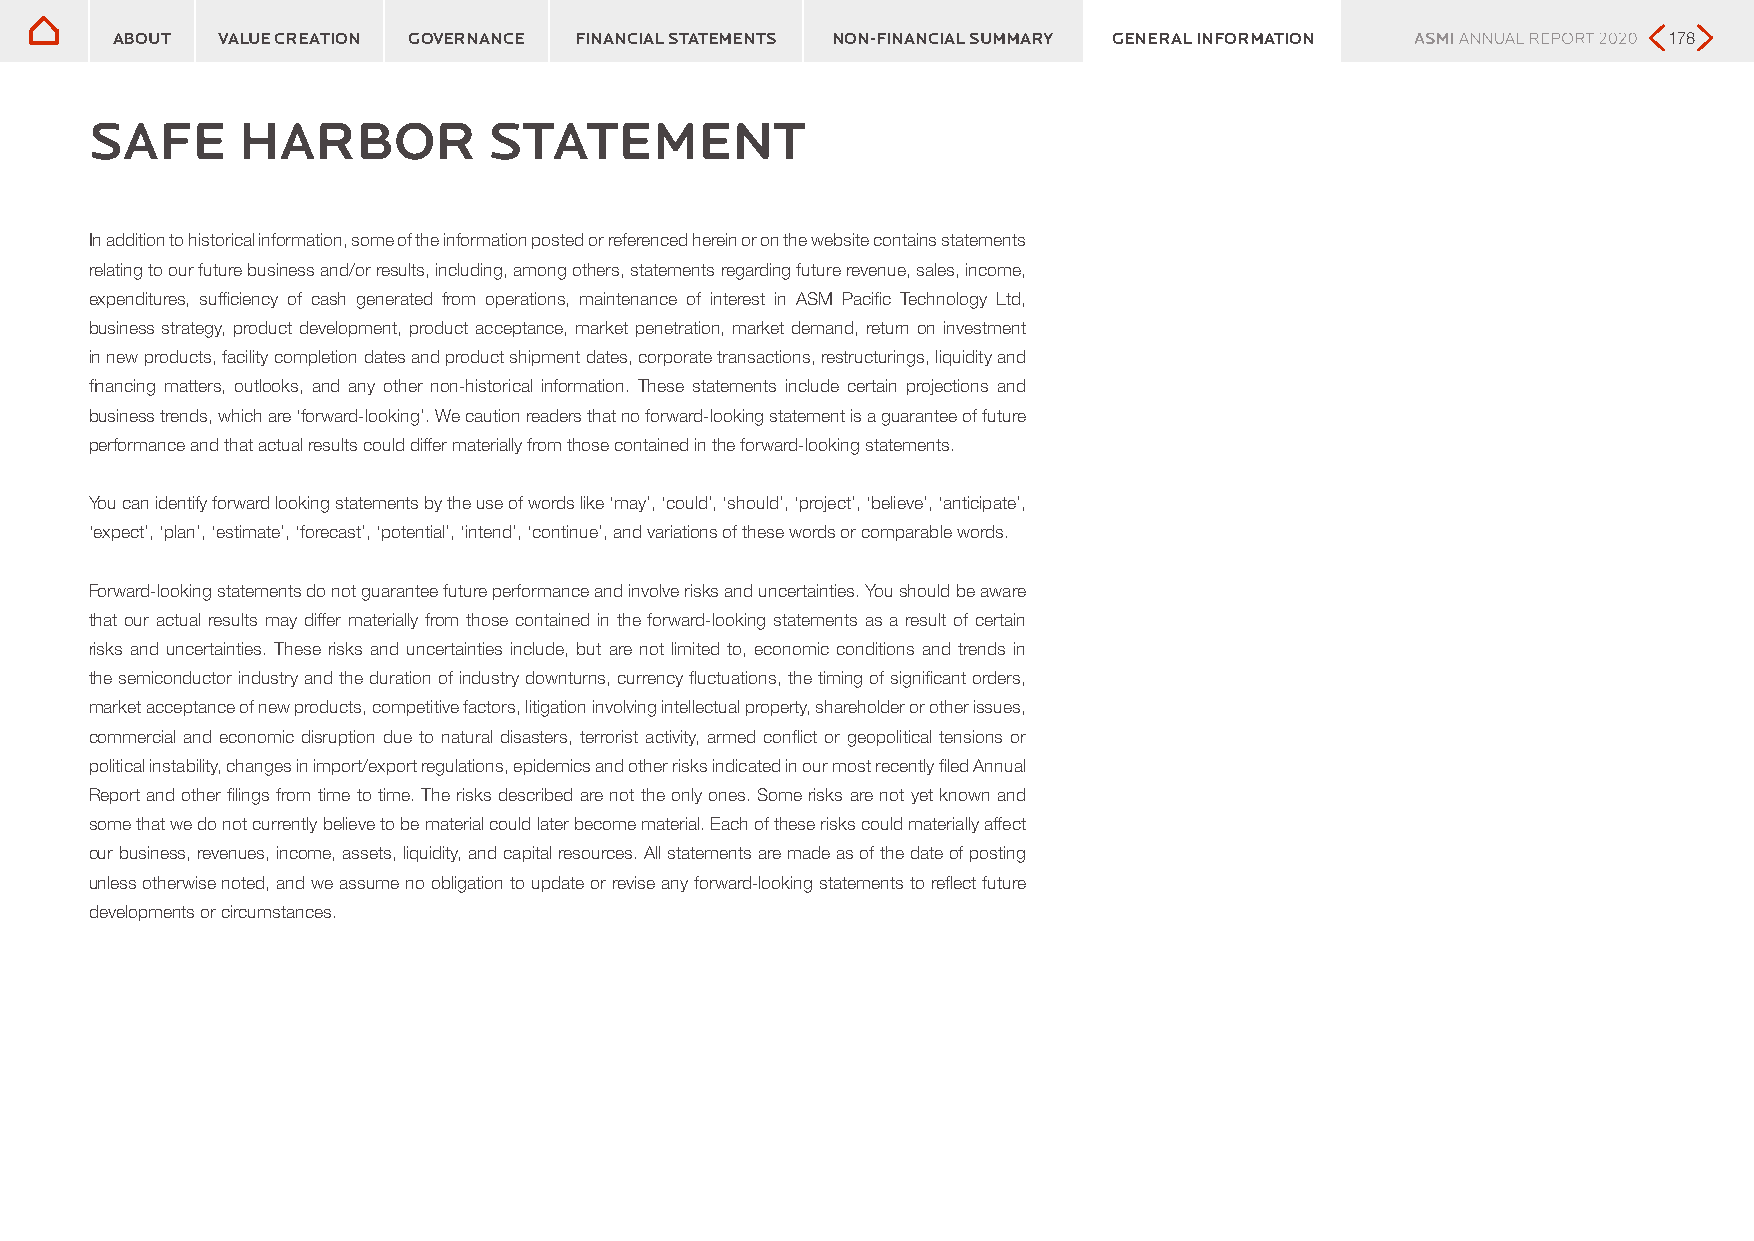
Safe harbor statement
 Safe harbor statement
 ABOUT  VALUE CREATION GOVERNANCE FINANCIAL STATEMENTS NON-FINANCIAL SUMMARY GENERAL INFORMATION        178
 SAFE      HARBOR          STATEMENT
 In addition to historical information, some of the information posted or referenced herein or on the website contains statements
 relating to our future business and/or results, including, among others, statements regarding future revenue, sales, income,
 expenditures, sufficiency of cash generated from operations, maintenance of interest in ASM Pacific Technology Ltd,
 business strategy, product development, product acceptance, market penetration, market demand, return on investment
 in new products, facility completion dates and product shipment dates, corporate transactions, restructurings, liquidity and
 financing matters, outlooks, and any other non-historical information. These statements include certain projections and
 business trends, which are ‘forward-looking’. We caution readers that no forward-looking statement is a guarantee of future
 performance and that actual results could differ materially from those contained in the forward-looking statements.
 You can identify forward looking statements by the use of words like ‘may’, ‘could’, ‘should’, ‘project’, ‘believe’, ‘anticipate’,
 ‘expect’, ‘plan’, ‘estimate’, ‘forecast’, ‘potential’, ‘intend’, ‘continue’, and variations of these words or comparable words.
 Forward-looking statements do not guarantee future performance and involve risks and uncertainties. You should be aware
 that our actual results may differ materially from those contained in the forward-looking statements as a result of certain
 risks and uncertainties. These risks and uncertainties include, but are not limited to, economic conditions and trends in
 the semiconductor industry and the duration of industry downturns, currency fluctuations, the timing of significant orders,
 market acceptance of new products, competitive factors, litigation involving intellectual property, shareholder or other issues,
 commercial and economic disruption due to natural disasters, terrorist activity, armed conflict or geopolitical tensions or
 political instability, changes in import/export regulations, epidemics and other risks indicated in our most recently filed Annual
 Report and other filings from time to time. The risks described are not the only ones. Some risks are not yet known and
 some that we do not currently believe to be material could later become material. Each of these risks could materially affect
 our business, revenues, income, assets, liquidity, and capital resources. All statements are made as of the date of posting
 unless otherwise noted, and we assume no obligation to update or revise any forward-looking statements to reflect future
 developments or circumstances.